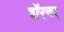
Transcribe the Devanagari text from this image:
वॉरनर